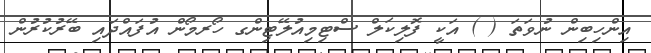
އިންހިބިން ނުވަތަ ( ) އަކީ ފޮލިކަލް ސްޓިމިއުލޭޓިންގ ހޯރމޯން އުފައްދައި ބޭރުކުރުން